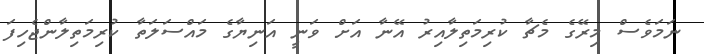
ނަމަވެސް މިރޭގެ މެޗާ ކުރިމަތިލާއިރު އޭނާ އަށް ވަނީ އަނިޔާގެ މައްސަލަތާ ކުރިމަތިލާންޖެހިފަ